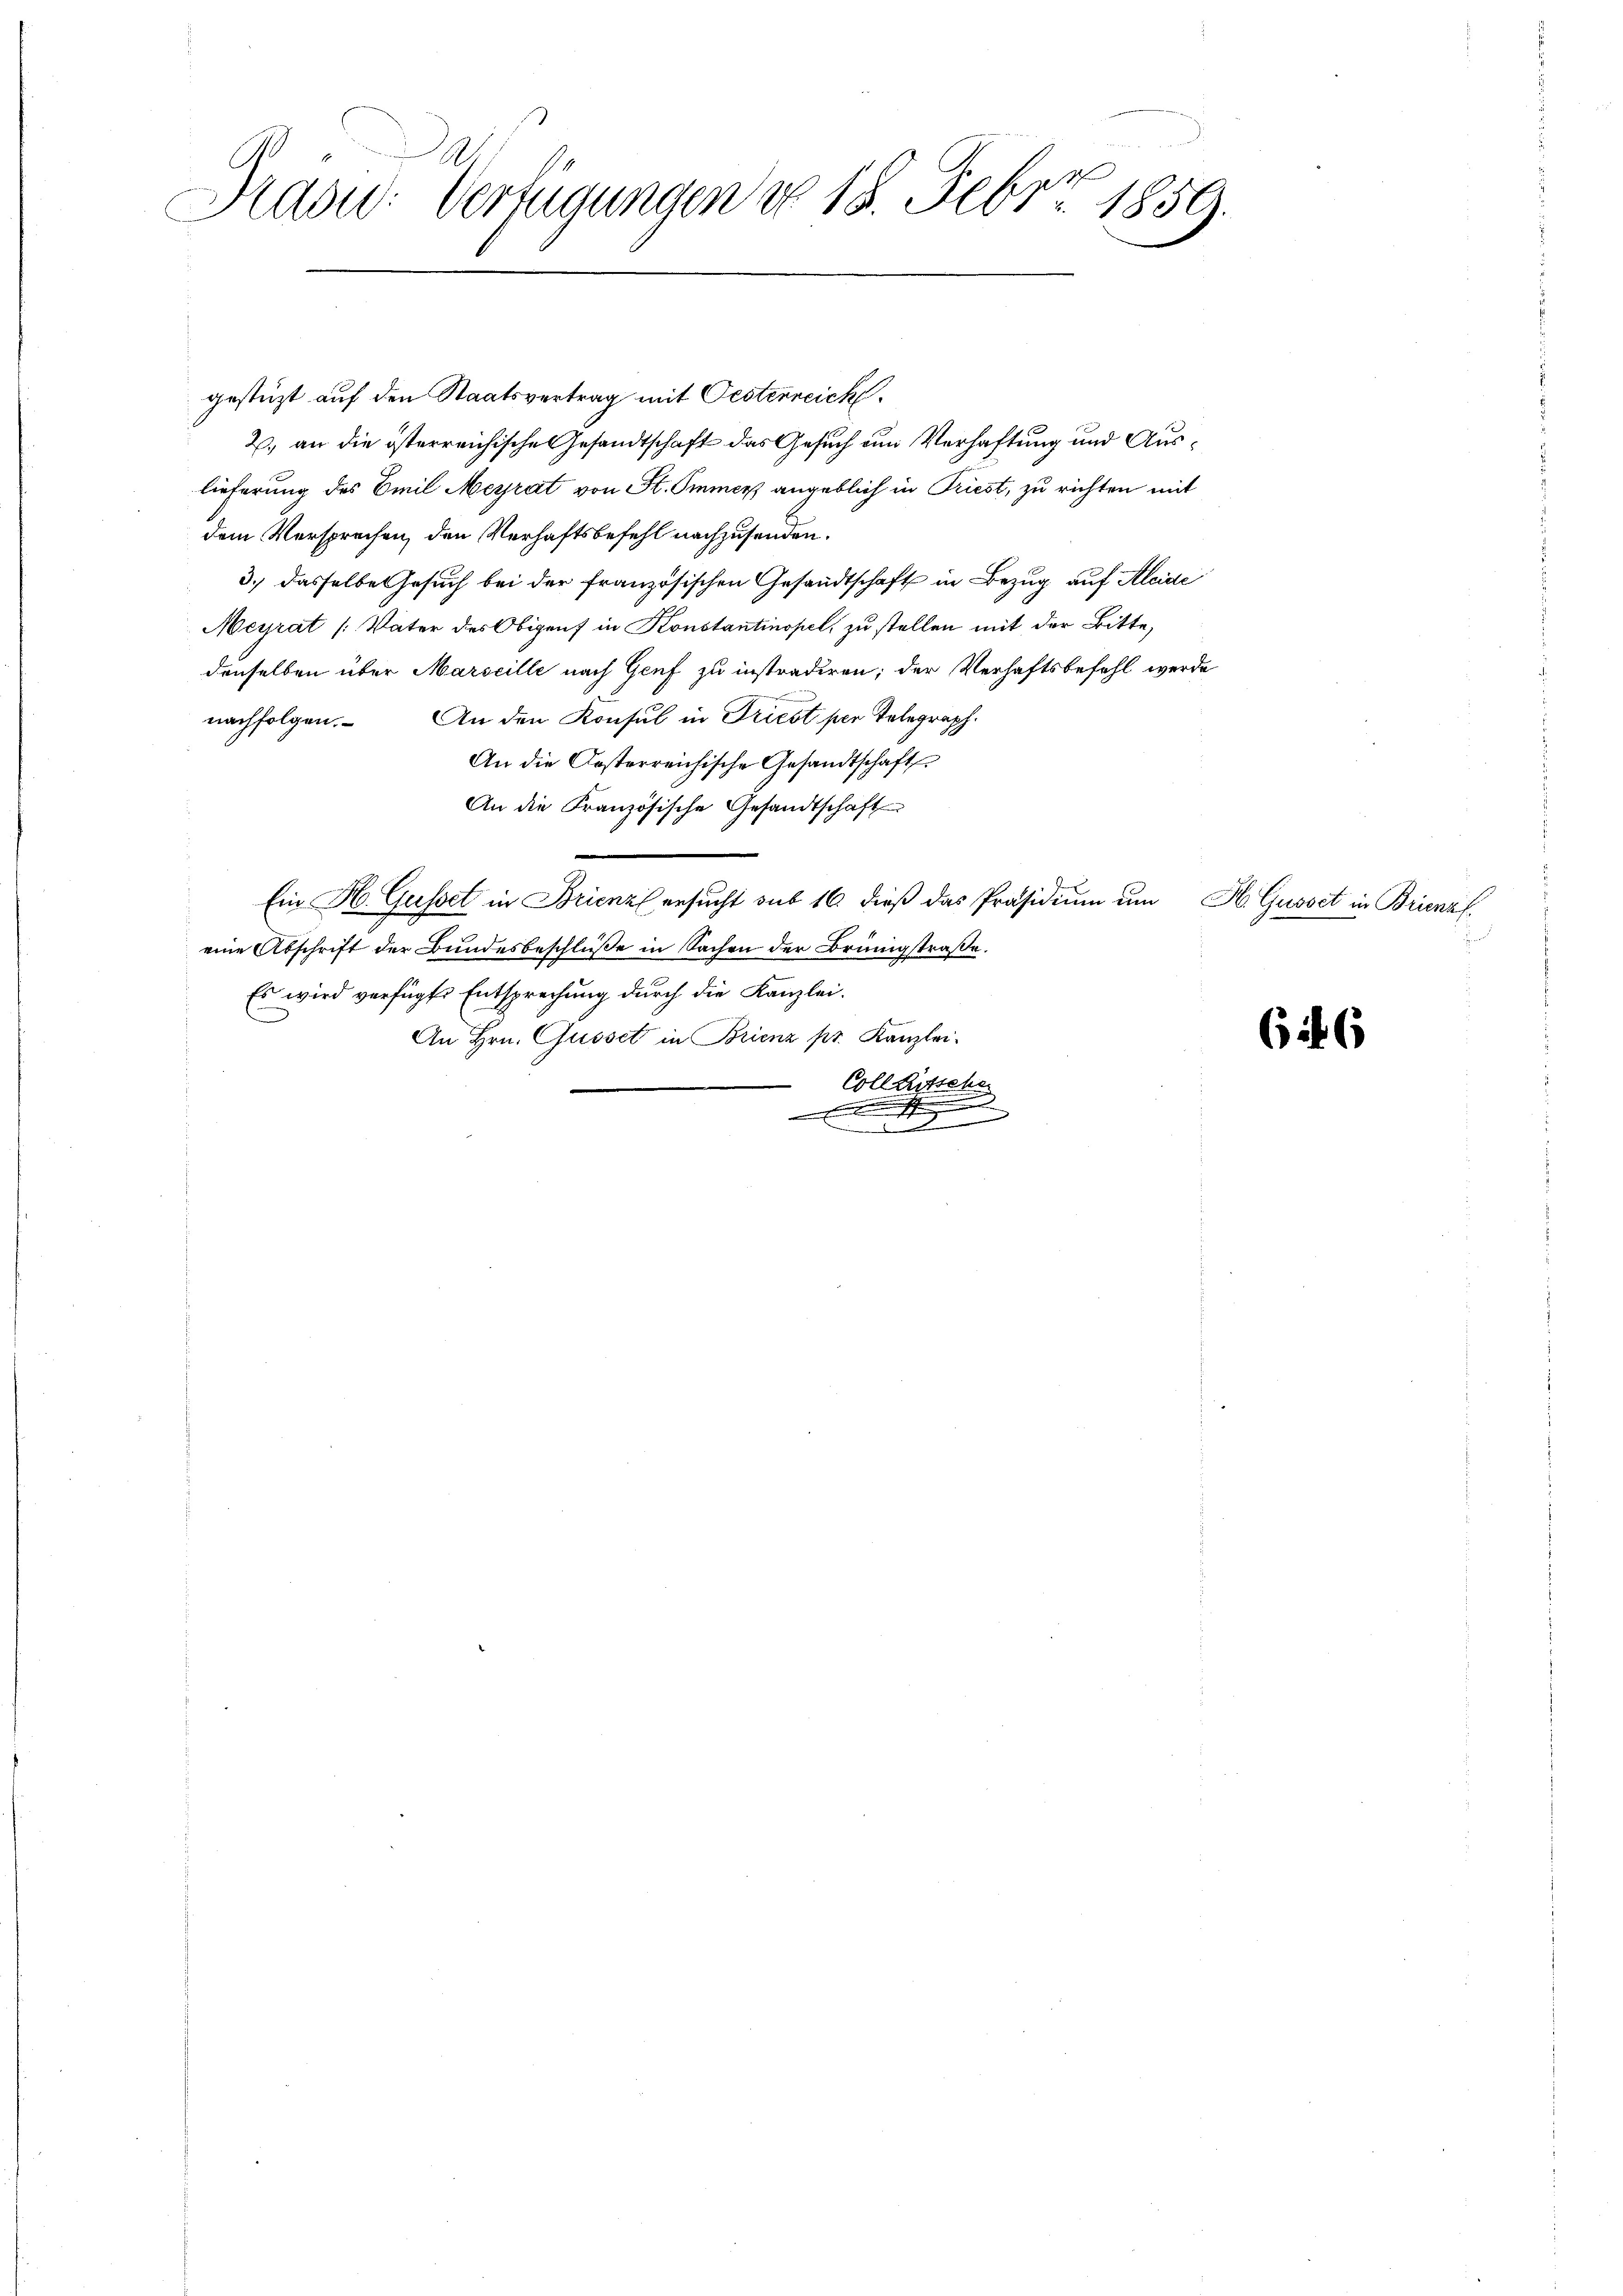
e
Kasid: Verfügungen No 15. Febr. 1859.

gestüzt auf den Staatsvertrag mit Oestenreich.
2. an die österreichische Gesandtschaft das Gesuch um Verhaftung und Auslieferung des Emil Meyrat von St. Immer angeblich in Priest, zu richten mit
dem Versprechen, den Verhaftsbefehl nachzusenden.
3.) dasselbe Gesuch bei der französischen Gesandtschaft in Bezug auf Kleide
Meyrat (Vater des Obigens in Konstantinopel, zu stellen mit der Bitte,
denselben über Marseille nach Genf zu instradiren; der Verhaftsbefehl werde
nachfolgen. An den Konsul in Triest per Telegraph.
An die Gesterreichische Gesandtschaft
An die Französische Gesandtschaft
u
Ein H. Gusset in Brienz ersucht sub 16. dieß das Präsidium um H. Gusset in Brienzf
eine Abschrift der Bundesbeschlüße in Sachen der Brüngstraße.
Es wird verfügte Entsprechung durch die Kanzlei-
An Hrn. Gusset in Brienz pr. Kanzlei-
Coll Rutsch
.
.
Ennde
.

6 et 6